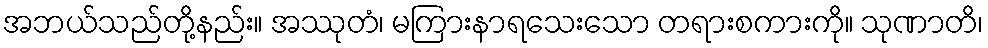
အဘယ်သည်တို့နည်း။ အဿုတံ၊ မကြားနာရသေးသော တရားစကားကို။ သုဏာတိ၊